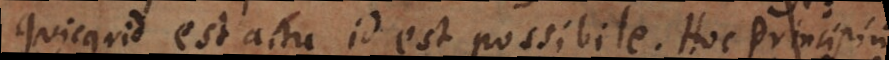
Quicquid est actu, id est possibile. Hoc principium